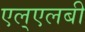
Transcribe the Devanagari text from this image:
एल्‌एलबी